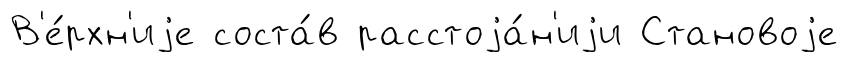
В'е́рхн'иjе соста́в расстоjа́н'иjи Становоjе